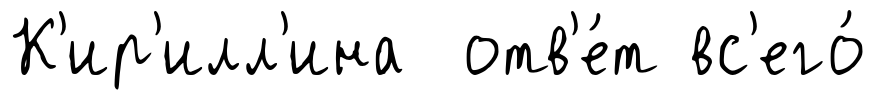
К'ир'илл'ина отв'е́т вс'его́